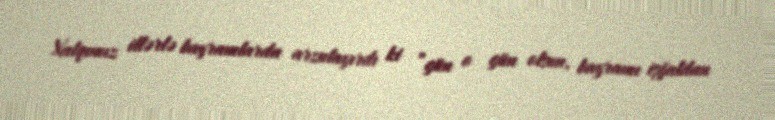
Xalqımız illərlə bayramlarda arzulayırdı ki ”gün o gün olsun, bayramı işğaldan